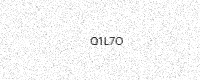
Text: Q1L7O